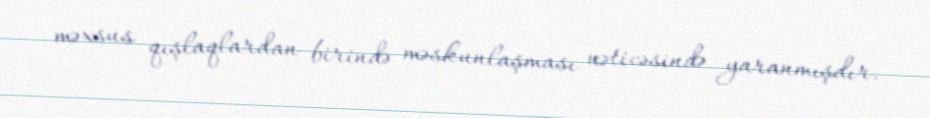
məxsus qışlaqlardan birində məskunlaşması nəticəsində yaranmışdır.